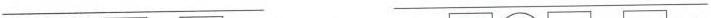
___ ___